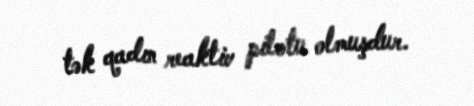
tək qadın reaktiv pilotu olmuşdur.